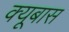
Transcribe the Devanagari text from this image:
क्यूबास